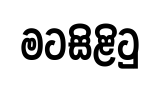
මටසිළිටු